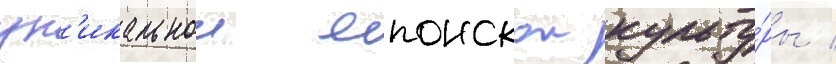
ун'икальнои японскои культу́ры /